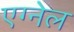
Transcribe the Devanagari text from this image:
एग्नेल